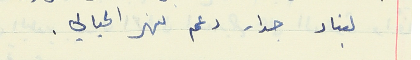
لبناء جدار دعم نهر الحيالي.